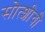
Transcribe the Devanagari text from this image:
सोत्शीची